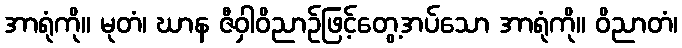
အာရုံကို။ မုတံ၊ ဃာန ဇီဝှါဝိညာဉ်ဖြင့်တွေ့အပ်သော အာရုံကို။ ဝိညာတံ၊